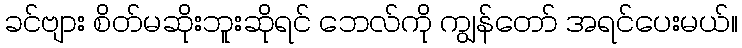
ခင်ဗျား စိတ်မဆိုးဘူးဆိုရင် ဘေလ်ကို ကျွန်တော် အရင်ပေးမယ်။